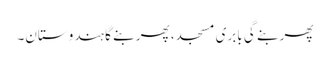
پھر بنے گی بابری مسجد، پھر بنے گا ہندوستان۔